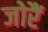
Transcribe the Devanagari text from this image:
जोरैं